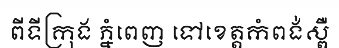
ពីទីក្រុង ភ្នំពេញ ទៅខេត្តកំពង់ស្ពឺ